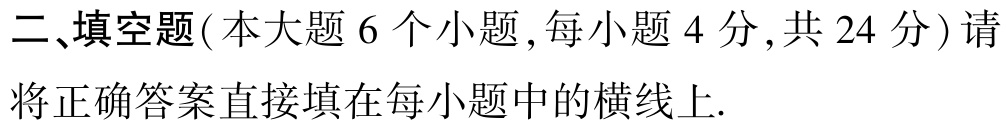
二、填空题(本大题 6 个小题,每小题 4 分,共 24 分) 请将正确答案直接填在每小题中的横线上.